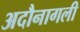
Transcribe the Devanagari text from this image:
अदौनागली